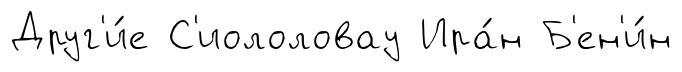
Друг'и́е С'иололовау Ира́н Б'ен'и́н